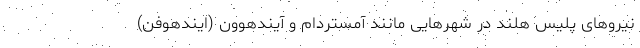
نیروهای پلیس هلند در شهرهایی مانند آمستردام و آیندهوون (اَیندهوفِن)